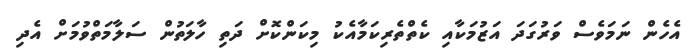
އެހެން ނަމަވެސް ވަރުގަދަ އަޒުމަކާއި ކެތްތެރިކަމާއެކު މިކަންކޮށް ދަތި ހާލަތުން ސަލާމަތްވުމަށް އެދި